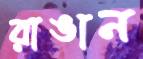
রাঙান